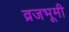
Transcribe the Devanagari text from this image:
व्रजभूमी